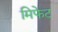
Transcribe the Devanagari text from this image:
मिफेट